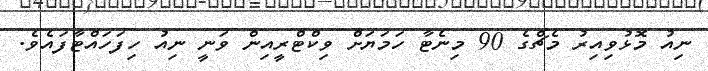
ނިއު މޮޅުވިއިރު މެޗްގެ 90 މިނެޓާ ހަމަޔަށް ވިކްޓްރީއިން ވަނީ ނިއު ހިފަހައްޓާފައެވެ.